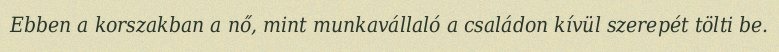
Ebben a korszakban a nő, mint munkavállaló a családon kívül szerepét tölti be.